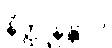
နိတ္ထုနန္တာပိ